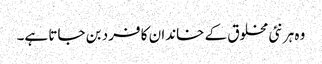
وہ ہر نئی مخلوق کے خاندان کا فرد بن جاتا ہے۔